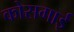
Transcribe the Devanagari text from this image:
कोसगाई